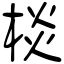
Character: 棪